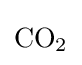
{\mathrm {CO} {\vphantom {A}}_{\smash[{t}]{2}}}